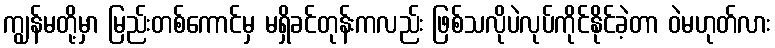
ကျွန်မတို့မှာ မြည်းတစ်ကောင်မှ မရှိခင်တုန်းကလည်း ဖြစ်သလိုပဲလုပ်ကိုင်နိုင်ခဲ့တာ ဝဲမဟုတ်လား